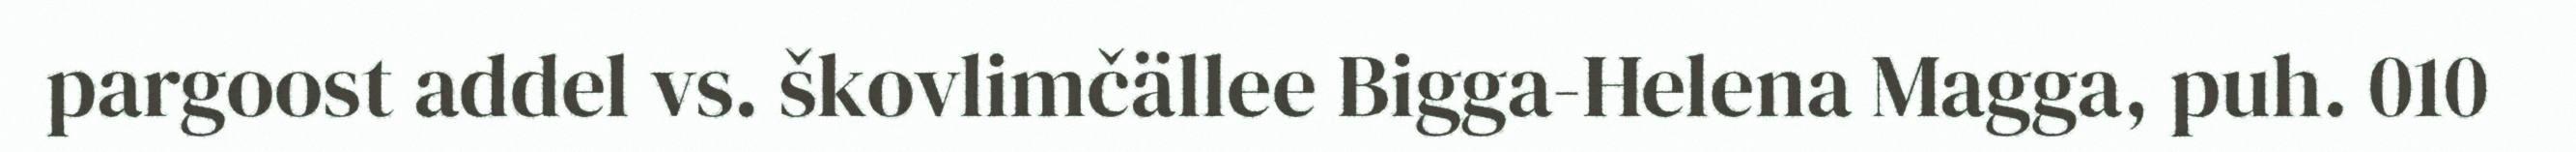
pargoost addel vs. škovlimčällee Bigga-Helena Magga, puh. 010